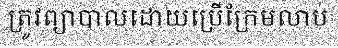
ត្រូវព្យាបាលដោយប្រើក្រែមលាប